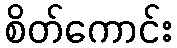
စိတ်ကောင်း